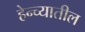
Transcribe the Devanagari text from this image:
हेन्च्यातील